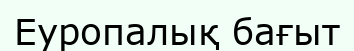
Еуропалық бағыт